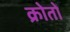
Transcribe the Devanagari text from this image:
क्रोतों